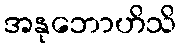
အနုဘောဟိသိ